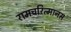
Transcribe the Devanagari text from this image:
रामचरित्मानस